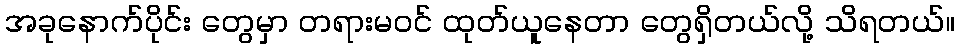
အခုနောက်ပိုင်း တွေမှာ တရားမဝင် ထုတ်ယူနေတာ တွေရှိတယ်လို့ သိရတယ်။